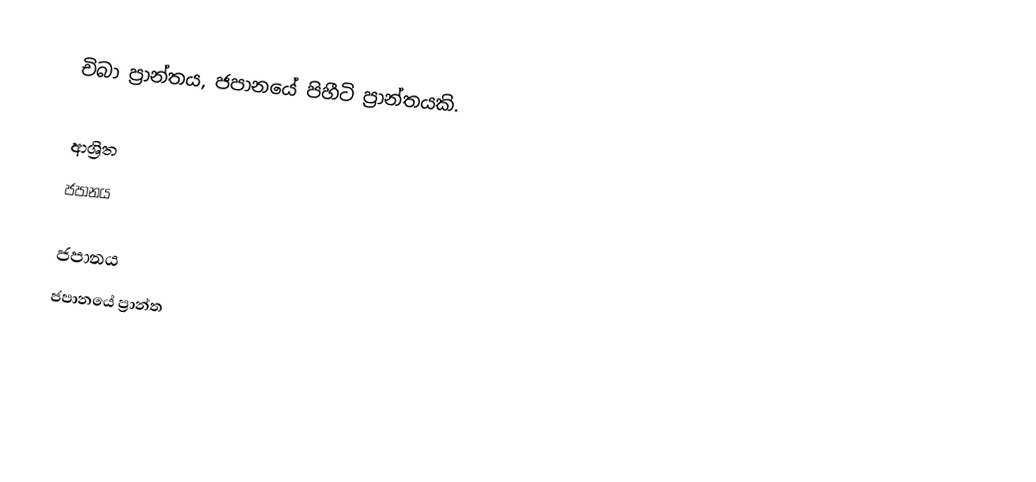
චිබා ප්‍රාන්තය, ජපානයේ පිහීටි ප්‍රාන්තයකි.

ආශ්‍රිත
 ජපානය

ජපානය
ජපානයේ ප්‍රාන්ත